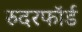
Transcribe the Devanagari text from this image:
रुदरफॉर्ड